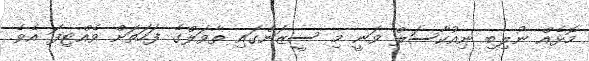
މޮޅެއް ނުލިބި ނިއުކާސަލް ވަނީ މި ސީޒަންގައި ތާވަލްގެ ފަހަތަށް ވެއްޓިފަ އެވެ.